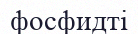
фосфидті